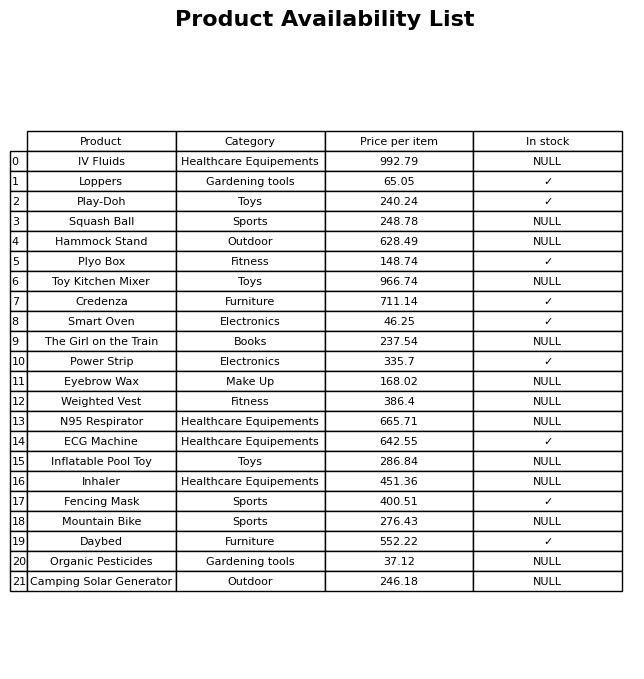
question: What is the price of the Fencing Mask?
answer: The price of Fencing Mask is 400.51.